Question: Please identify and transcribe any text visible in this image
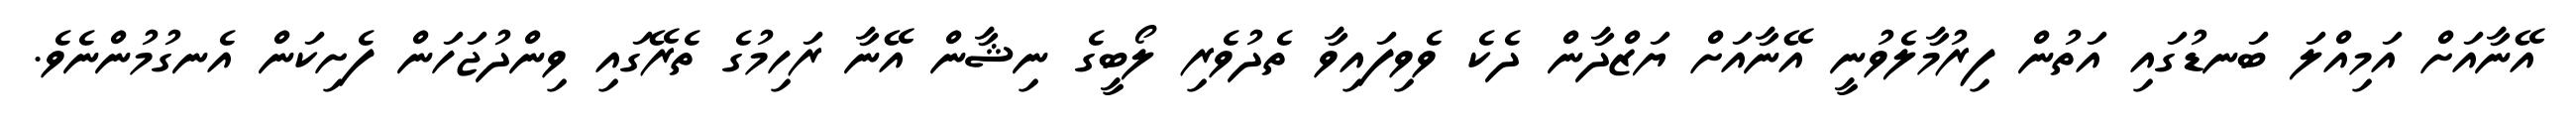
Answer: އޭނާއަށް އަމިއްލަ ބަނޑުގައި އަތުން ފިރުމާލެވުނީ އޭނާއަށް ޔަޒްދާން ދެކެ ވެވިފައިވާ ތެދުވެރި ލޯބީގެ ނިޝާން އޭނާ ރަހިމުގެ ތެރޭގައި ވިންދުޖަހަން ފެށިކަން އެނގުމުންނެވެ.